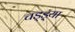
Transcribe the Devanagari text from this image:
चड्ड़्या